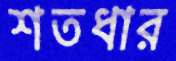
শতধার